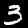
Digit: 3